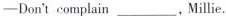
—Don' complain___,Millie.